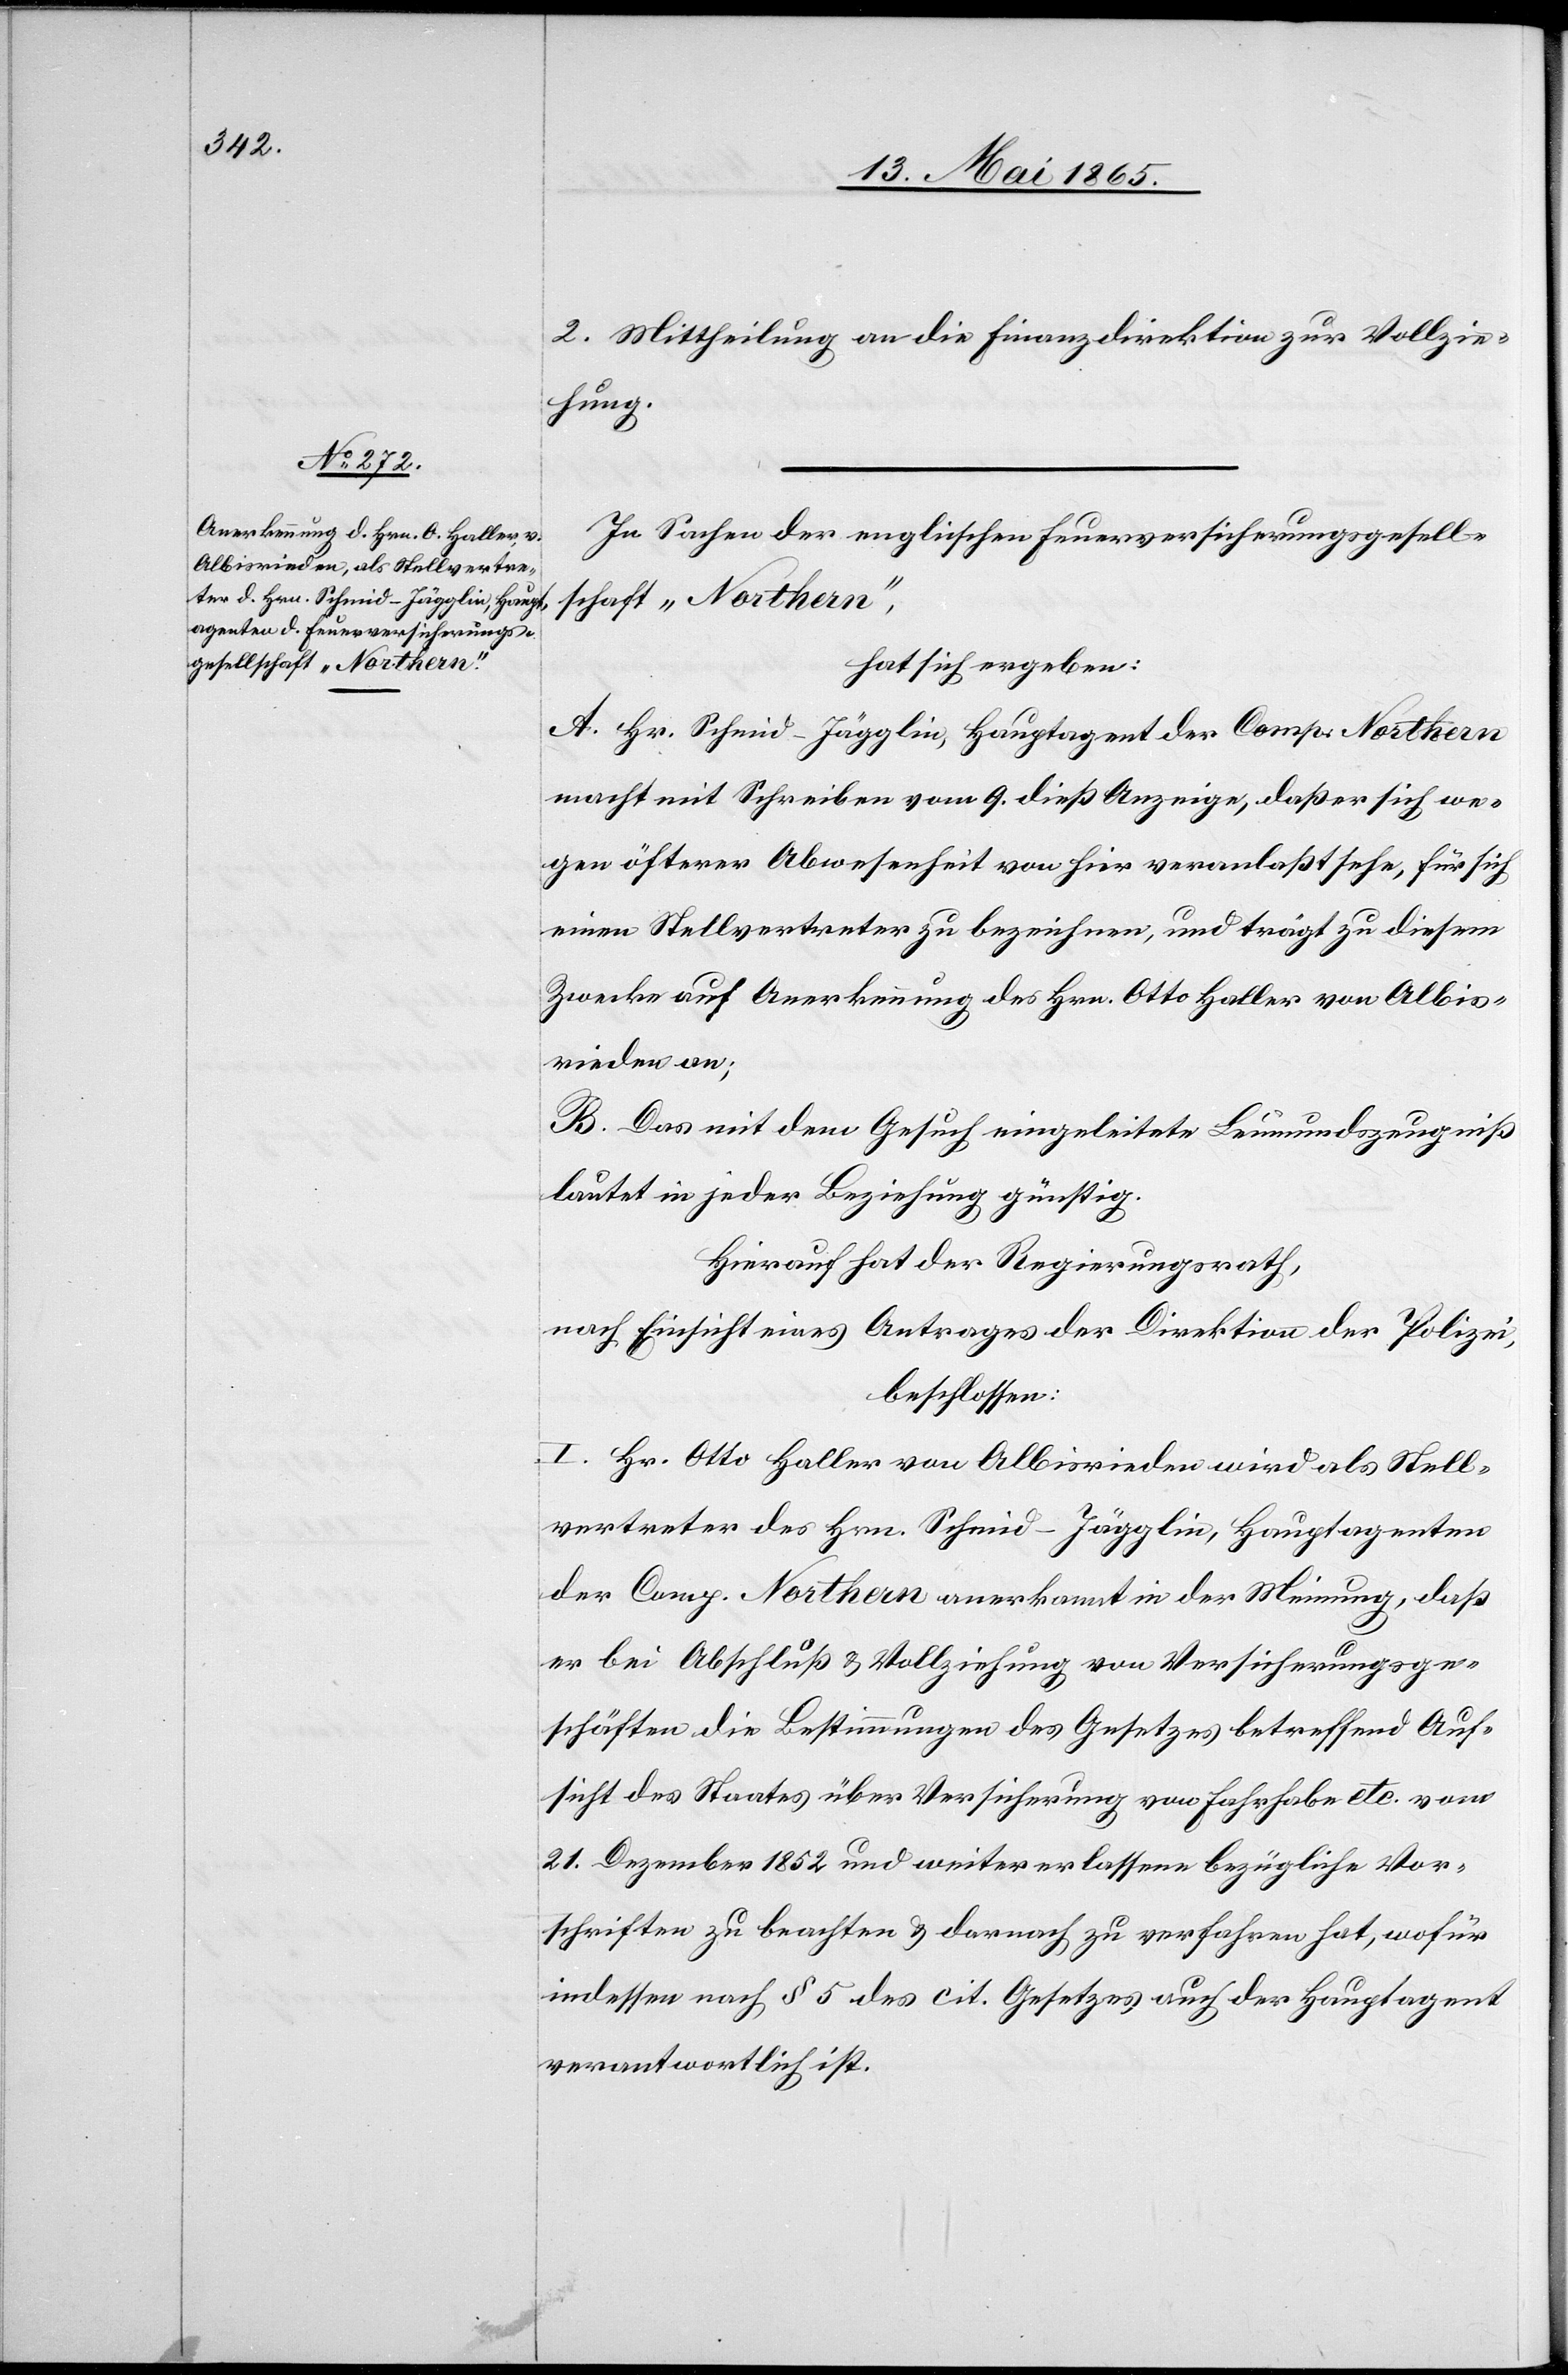
2. Mittheilung an die Finanzdirektion zur Vollzie¬
hung.
In Sachen der englischen Feuerversicherungsgesell¬
schaft „Northern“,
hat sich ergeben:
A. Hr. Schmid-Jägglin, Hauptagent der Comp. Northern
macht mit Schreiben vom 9. dieß Anzeige, daß er sich we¬
gen öfterer Abwesenheit von hier veranlaßt sehe, für sich
einen Stellvertreter zu bezeichnen, und trägt zu diesem
Zwecke auf Anerkennung des Hrn. Otto Haller von Albis¬
rieden an;
B. Das mit dem Gesuch eingeleitete Leumundszeugniß
lautet in jeder Beziehung günstig.
Hierauf hat der Regierungsrath,
nach Einsicht eines Antrages der Direktion der Polizei,
beschlossen:
I. Hr. Otto Haller von Albisrieden wird als Stell¬
vertreter des Hrn. Schmid-Jägglin, Hauptagenten
der Comp. Northern anerkannt in der Meinung, daß
er bei Abschluß & Vollziehung von Versicherungsge¬
schäften die Bestimmungen des Gesetzes betreffend Auf¬
sicht des Staates über Versicherung von Fahrhabe etc. vom
21. Dezember 1852 und weiter erlassene bezügliche Vor¬
schriften zu beachten & darnach zu verfahren hat, wofür
indessen nach § 5 des cit. Gesetzes auch der Hauptagent
verantwortlich ist.